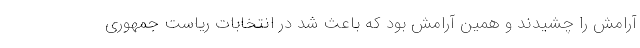
آرامش را چشیدند و همین آرامش بود که باعث شد در انتخابات ریاست جمهوری